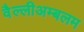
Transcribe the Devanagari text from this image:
वैल्लीअम्बलम